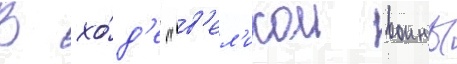
В хо́д'е "в'ел'икои воины